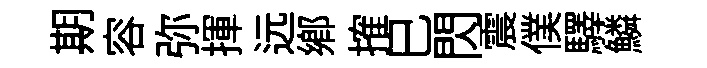
期容弥揮远鄕搉巳閃震僕驛鱗